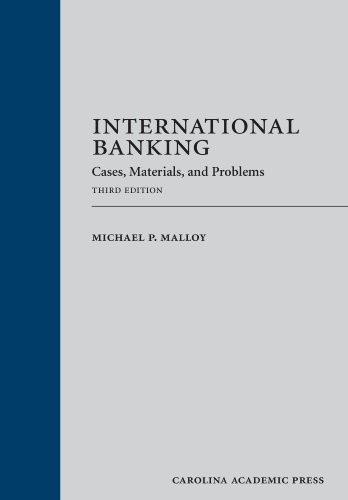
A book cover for International Banking: Cases, Materials, and Problems: Third Edition; Michael P. Malloy; Law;